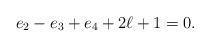
LaTeX: \begin{align*} e_2-e_3+e_4+2\ell+1=0 .\end{align*}